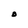
Character: O